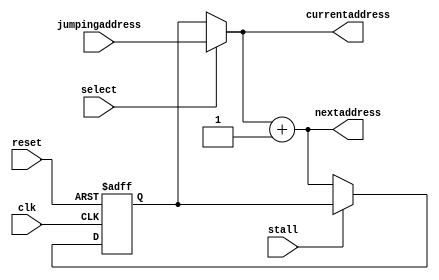


module programcounter(
    input reset,
    input select,
    input [4:0] jumpingaddress,
    output [4:0] nextaddress,
    input stall,
    input clk,
    output reg [4:0] currentaddress
);
reg [4:0] counter;
always @(posedge clk or posedge reset) begin
    if (reset) begin
        counter = 0;
    end else if (!stall) begin

            counter <= nextaddress;
        
    end
end
always@(counter or select)
begin
if(select)
  currentaddress<=jumpingaddress;
else  
  currentaddress<=counter;

end

assign nextaddress[4:0]= (currentaddress[4:0] + 1) ;

endmodule


module progrmemory(input [4:0]  address,input reset,output reg [31:0] data);
 reg [31:0] programline [16:0];
 integer i;
always@(*)
begin

 if(reset)
  begin
    for(i=0;i<17;i=i+1)
     begin
      programline[i]=0;
     end
	 programline[1]=32'b000000000010_00011111_00010_0110111;//load value in load reg2
	 programline[2]=32'b000000000011_00011111_00011_0110111;//load value in reg 3
	 programline[3]=32'b000000000001_00011111_00101_0110111;//load zero in result reg 5
	 programline[4]=32'b0000000_00100_00010_000_00100_0110011;//add reg 4 and reg 2
	 programline[5]=32'b0100000_00101_00011_000_00011_0110011;// decrement reg ister 3 by 1
	programline[6]=32'b0000000_00000_00011_001_11110_1100011;//branch
	 programline[7]=32'b000000001111_00011111_00111_0110111;//l
	 programline[8]=32'b000000001111_00011111_00111_0110111;//l
	 programline[9]=32'b000000001111_00011111_00111_0110111;//l
	 programline[10]=32'b000000001111_00011111_00111_0110111;//l
  end
else
  data=programline[address];
  
end

endmodule







module instructionreg(input [4:0] currentaddin,nxtaddin,input [31:0] datain,input stall,input clk,input reset,output reg [31:0] dataout,output reg [4:0] currentadd,nxtadd);

always@(posedge clk or posedge reset)
begin
 if(reset)
  begin
   dataout<=32'bxxxxxxxxxxxxxxxxxxxxxxxxxxxxxxxx;
	
  end
 else if(!stall)
  begin
   dataout<=datain;
	currentadd<=currentaddin;
	nxtadd<=nxtaddin;
  end
end
endmodule


module instructionfetch(
    input stall,
    input reset,
    input clk,
    input [4:0] branching,jumping,
    output [31:0] dataout,
    input  branch,jump,
	 input clr,
	 output [4:0] nextaddressoutput,
	output  [4:0] addressoutput,
	output  [31:0] datain,
	output [4:0] address
	 
);
   
   //output  [31:0] datain
	wire [4:0] nextaddress,addressskip;
	wire decidejump;
	
	assign decidejump=branch|| jump;
	//output [4:0] address;
    // Instantiate sub-modules
    /*programadder programadder_inst(
        .clk(clk),
        .reset(reset),
        .stall(stall),
        .branch(branch),
        .jumping(jumping),
        .address(address)
    );*/
	 
	 
	assign addressskip = branch ?  branching:jumping ;
	 programcounter    programcounter_inst(.reset(reset),
	                                       .select(branch),
														.jumpingaddress(branching),
														.nextaddress(nextaddress),
														.stall(stall), 
														.clk(clk),
														.currentaddress(address));

    progrmemory progrmemory_inst(
        .address(address),
        .reset(reset),
        .data(datain)
    );

    instructionreg instructionreg_inst(
	     .currentaddin(address),
		  .nxtaddin(nextaddress),
        .datain(datain),
		  .stall(stall), 
        .clk(clk),
        .reset(clr),
        .dataout(dataout),
		  .currentadd(addressoutput),
		  .nxtadd(nextaddressoutput)
    );

endmodule